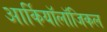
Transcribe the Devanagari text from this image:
आर्कियॉलॉजिकल